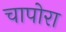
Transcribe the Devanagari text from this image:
चापोरा